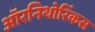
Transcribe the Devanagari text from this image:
ऑरनिथोरिंकस